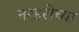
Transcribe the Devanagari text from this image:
नरहरीच्या